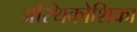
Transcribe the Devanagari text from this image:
अस्थिकोशिका